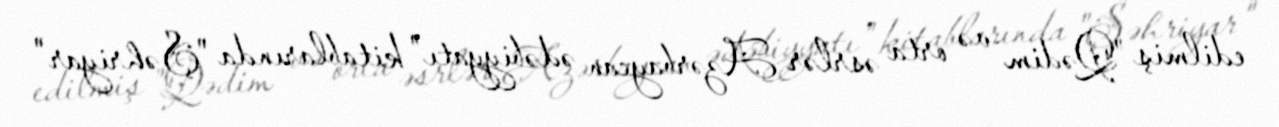
edilmiş "Qədim və orta əsrlər Azərbaycan ədəbiyyatı" kitablarında "Şəhriyar"